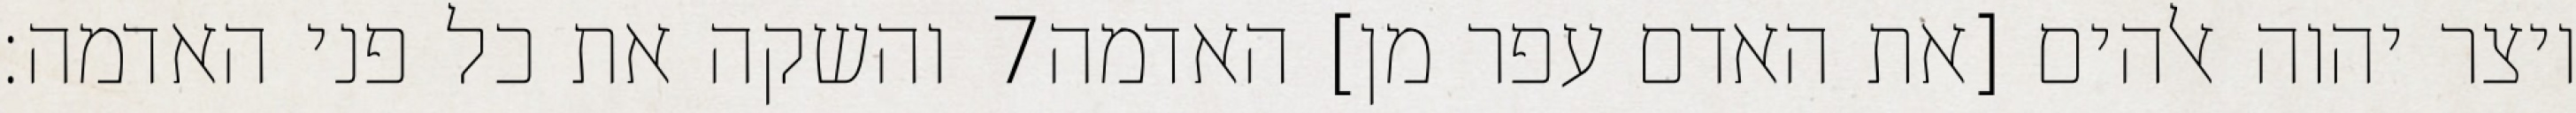
והשקה את כל פני האדמה׃ ‎7‏ ויצר יהוה אלהים [את האדם עפר מן] האדמה